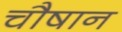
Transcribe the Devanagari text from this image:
चौषान